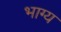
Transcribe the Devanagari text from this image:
भाग्‍य